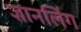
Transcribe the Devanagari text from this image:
ज्ञानलिंग